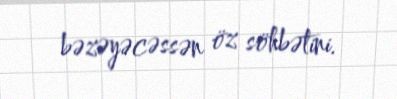
bəzəyəcəssən öz söhbətini.